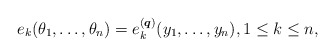
\begin{gather*}e_k(\theta_1,\ldots,\theta_n) = e_k^{({\boldsymbol{q}})}(y_1,\ldots,y_n), 1 \le k \le n,\end{gather*}